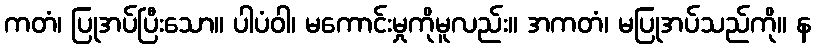
ကတံ၊ ပြုအပ်ပြီးသော။ ပါပံဝါ၊ မကောင်းမှုကိုမူလည်း။ အကတံ၊ မပြုအပ်သည်ကို။ န